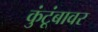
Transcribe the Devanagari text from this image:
कुंटूंबावर